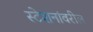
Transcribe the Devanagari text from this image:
स्टेशनांवरील